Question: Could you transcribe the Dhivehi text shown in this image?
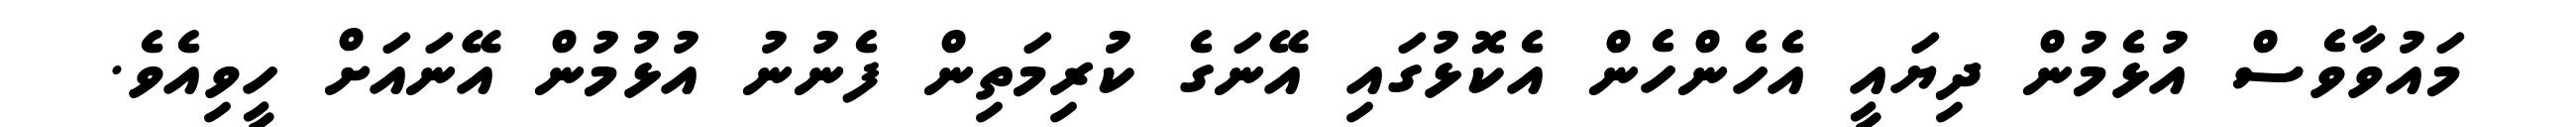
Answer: މައުވާވެސް އުޅެމުން ދިޔައީ އެހެންހެން އެކޮޅުގައި އޭނަގެ ކުރިމަތިން ފެނުނު އުޅުމުން އޭނައަށް ހީވިއެވެ.